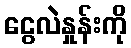
ငွေလဲနှုန်းကို